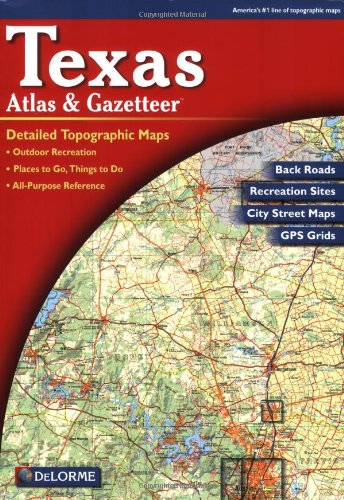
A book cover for Texas Atlas & Gazetteer; Delorme; Reference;